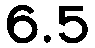
6.5